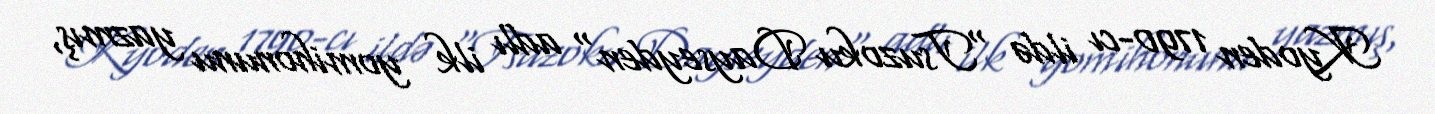
Kyoden 1790-cı ildə "Tsuzoku Dayseyden" adlı ilk yomihonunu yazmış,